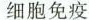
细胞免疫